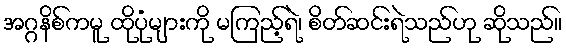
အဂ္ဂနိစ်ကမူ ထိုပုံများကို မကြည့်ရဲ၊ စိတ်ဆင်းရဲသည်ဟု ဆိုသည်။